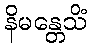
နိမန္တေသိံ